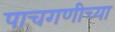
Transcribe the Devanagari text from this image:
पाचगणीच्या